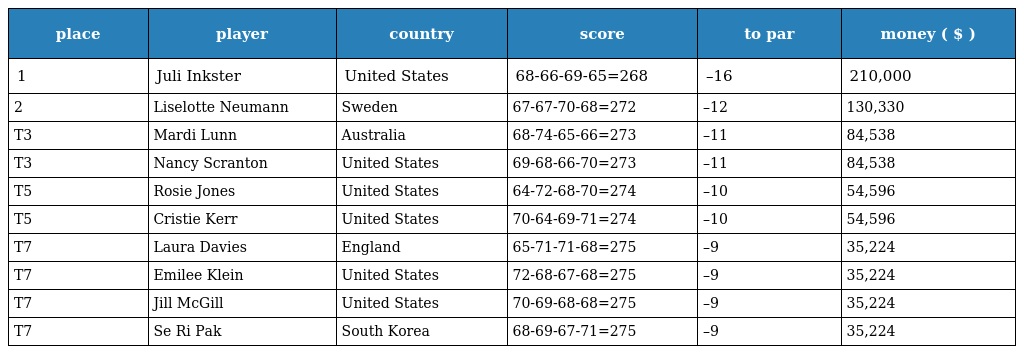
| place | player | country | score | to par | money ( $ ) |
 | --- | --- | --- | --- | --- | --- |
 | 1 | Juli Inkster | United States | 68-66-69-65=268 | –16 | 210,000 |
 | 2 | Liselotte Neumann | Sweden | 67-67-70-68=272 | –12 | 130,330 |
 | T3 | Mardi Lunn | Australia | 68-74-65-66=273 | –11 | 84,538 |
 | T3 | Nancy Scranton | United States | 69-68-66-70=273 | –11 | 84,538 |
 | T5 | Rosie Jones | United States | 64-72-68-70=274 | –10 | 54,596 |
 | T5 | Cristie Kerr | United States | 70-64-69-71=274 | –10 | 54,596 |
 | T7 | Laura Davies | England | 65-71-71-68=275 | –9 | 35,224 |
 | T7 | Emilee Klein | United States | 72-68-67-68=275 | –9 | 35,224 |
 | T7 | Jill McGill | United States | 70-69-68-68=275 | –9 | 35,224 |
 | T7 | Se Ri Pak | South Korea | 68-69-67-71=275 | –9 | 35,224 |